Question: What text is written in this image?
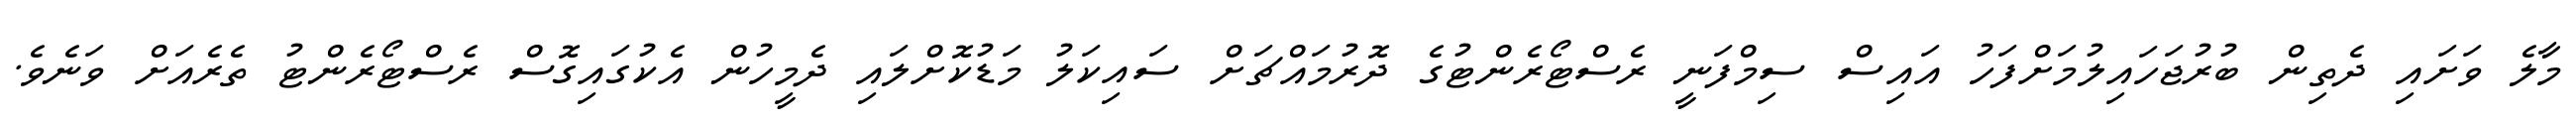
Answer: މާލެ ވަށައި ދެތިން ބުރުޖަހައިލުމަށްފަހު އައިސް ސިމްފަނީ ރެސްޓޯރެންޓުގެ ދޮރުމައްޗަށް ސައިކަލު މަޑުކޮށްލައި ދެމީހުން އެކުގައިގޮސް ރެސްޓޯރެންޓު ތެރެއަށް ވަނެވެ.